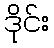
ဒိုင်း